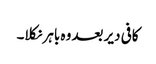
کافی دیر بعد وہ باہر نکلا۔